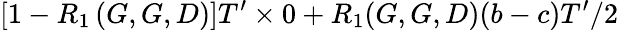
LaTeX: \left[1-R_{1}\left(G,G,D\right)\right]T^{\prime}\times 0+R_{1}(G,G,D)(b-c)T^{\prime}/2